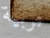
تربية